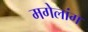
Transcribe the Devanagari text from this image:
मगेलांग